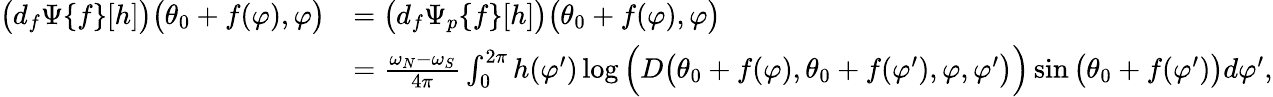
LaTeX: \begin{array}{rl}{\big(d_{f}\Psi\{ f\} [h]\big)\big(\theta_{0}+f(\varphi),\varphi\big)}&{=\big(d_{f}\Psi_{p}\{ f\} [h]\big)\big(\theta_{0}+f(\varphi),\varphi\big)}\\ &{=\frac{\omega_{N}-\omega_{S}}{4\pi}\int_{0}^{2\pi}h(\varphi^{\prime})\log\Big(D\big(\theta_{0}+f(\varphi),\theta_{0}+f(\varphi^{\prime}),\varphi,\varphi^{\prime}\big)\Big)\sin\big(\theta_{0}+f(\varphi^{\prime})\big)d\varphi^{\prime},}\end{array}